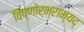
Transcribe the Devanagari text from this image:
विष्णोर्भ्राम्यद्